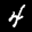
Label: 4